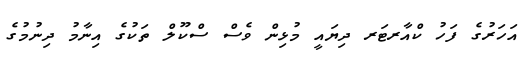
އަހަރުގެ ފަހު ކްއާރޓަރ ދިޔައީ މުޅިން ވެސް ސްކޫލް ތަކުގެ އިނާމު ދިނުމުގެ